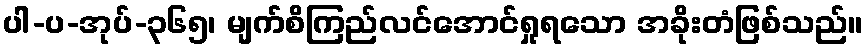
ပါ-ပ-အုပ်-၃၆၅၊ မျက်စိကြည်လင်အောင်ရှုရသော အခိုးတံဖြစ်သည်။